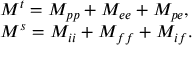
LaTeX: \begin{array} { l } { { { \cal M } ^ { t } = { \cal M } _ { p p } + { \cal M } _ { e e } + { \cal M } _ { p e } , } } \\ { { { \cal M } ^ { s } = { \cal M } _ { i i } + { \cal M } _ { f f } + { \cal M } _ { i f } . } } \end{array}